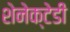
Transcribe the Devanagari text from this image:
शेनेक्टेडी